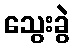
သွေးခွဲ